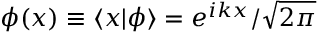
\phi ( x ) \equiv \langle x | \phi \rangle = e ^ { i k x } / \sqrt { 2 \pi }